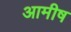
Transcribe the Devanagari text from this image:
आमीष